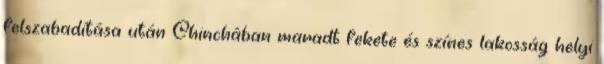
felszabadítása után Chinchában maradt fekete és színes lakosság helyi